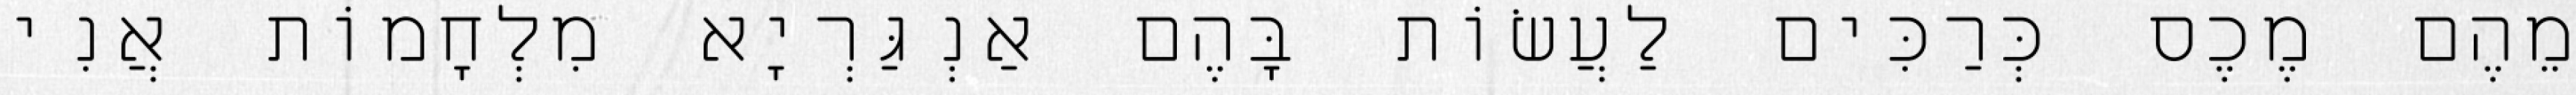
מֵהֶם מֶכֶס כְּרַכִּים לַעֲשׂוֹת בָּהֶם אַנְגַּרְיָא מִלְחָמוֹת אֲנִי